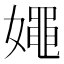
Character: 𡢘